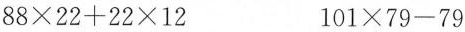
$$88\times 22+22\times 12$$ $$101\times 79-79$$